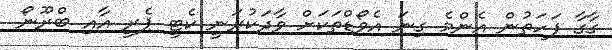
ގާގާ ފަހަތުން އެންމެ ގިނަ އެވޯޑްތަކަށް ވާދަކުރަނީ ކެޓީ ޕެރީ އާއި ބްރޫނޯ